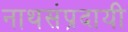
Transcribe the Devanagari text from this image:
नाथसंप्रदायी